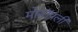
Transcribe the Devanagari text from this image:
मोनॉपली